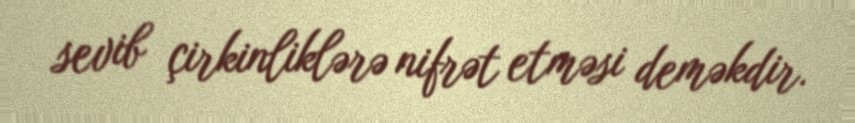
sevib çirkinliklərə nifrət etməsi deməkdir.